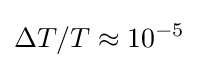
\Delta T/T\approx 10^{-5}